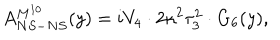
A _ { N S - N S } ^ { M ^ { 1 0 } } ( y ) = i V _ { 4 } \cdot 2 \kappa ^ { 2 } \tau _ { 3 } ^ { 2 } \cdot G _ { 6 } ( y ) ,